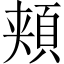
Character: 頬